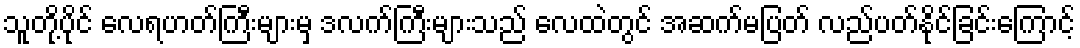
သူတို့ပိုင် လေရဟတ်ကြီးများမှ ဒလက်ကြီးများသည် လေထဲတွင် အဆက်မပြတ် လည်ပတ်နိုင်ခြင်းကြောင့်